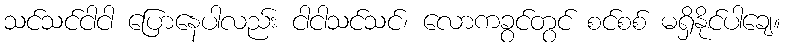
သင်သင်ငါငါ ပြောနေပါလည်း ငါငါသင်သင်၊ လောကခွင်တွင် စင်စစ် မရှိနိုင်ပါချေ။